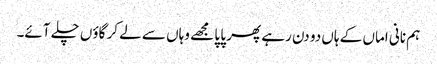
ہم نانی اماں کے ہاں دو دن رہے پھر پا پا مجھے وہاں سے لے کر گاؤں چلے آئے۔